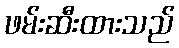
ဖမ်းဆီးထားသည်